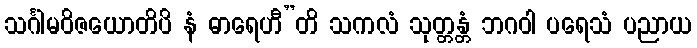
သင်္ဂါမဝိဇယောတိပိ နံ ဓာရေဟီ”တိ သကလံ သုတ္တန္တံ ဘဂဝါ ပရေသံ ပညာယ